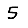
Digit: 5